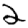
Digit: 2